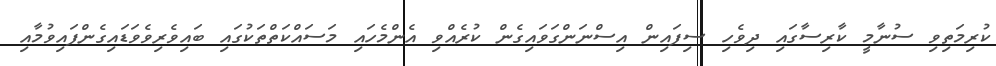
ކުރިމަތިވި ސުނާމީ ކާރިސާގައި ދިވެހި ސިފައިން އިސްނަންގަވައިގެން ކުރެއްވި އެންމެހައި މަސައްކަތްތަކުގައި ބައިވެރިވެވަޑައިގެންފައިވުމާއި